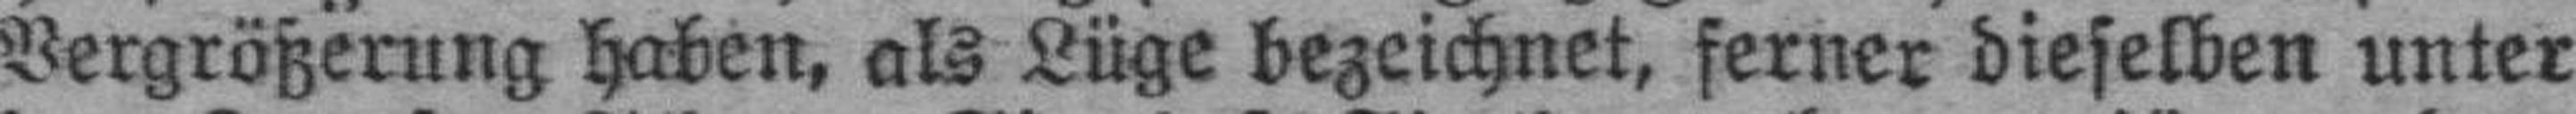
Vergrößerung haben, als Lüge bezeichnet, ferner dieselben unter